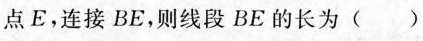
点E，连接BE，则线段BE的长为( )